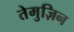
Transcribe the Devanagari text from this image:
तेमुज़िन